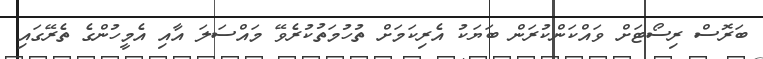
ބަރޮސް ރިސޯޓަށް ވައްކަންކުރަން ބަޔަކު އެރިކަމަށް ތުހުމަތުކުރެވޭ މައްސަލަ އާއި އެމީހުންގެ ތެރޭގައި